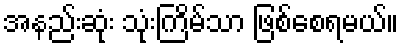
အနည်းဆုံး သုံးကြိမ်သာ ဖြစ်စေရမယ်။